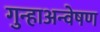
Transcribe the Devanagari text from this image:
गुन्हाअन्वेषण